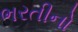
ભરતીનો